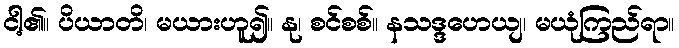
ငါ့၏။ ပိယာတိ၊ မယားဟူ၍။ နု၊ စင်စစ်။ နသဒ္ဒဟေယျ၊ မယုံကြည်ရာ။